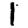
Digit: 1